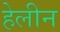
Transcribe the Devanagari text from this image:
हेलीन